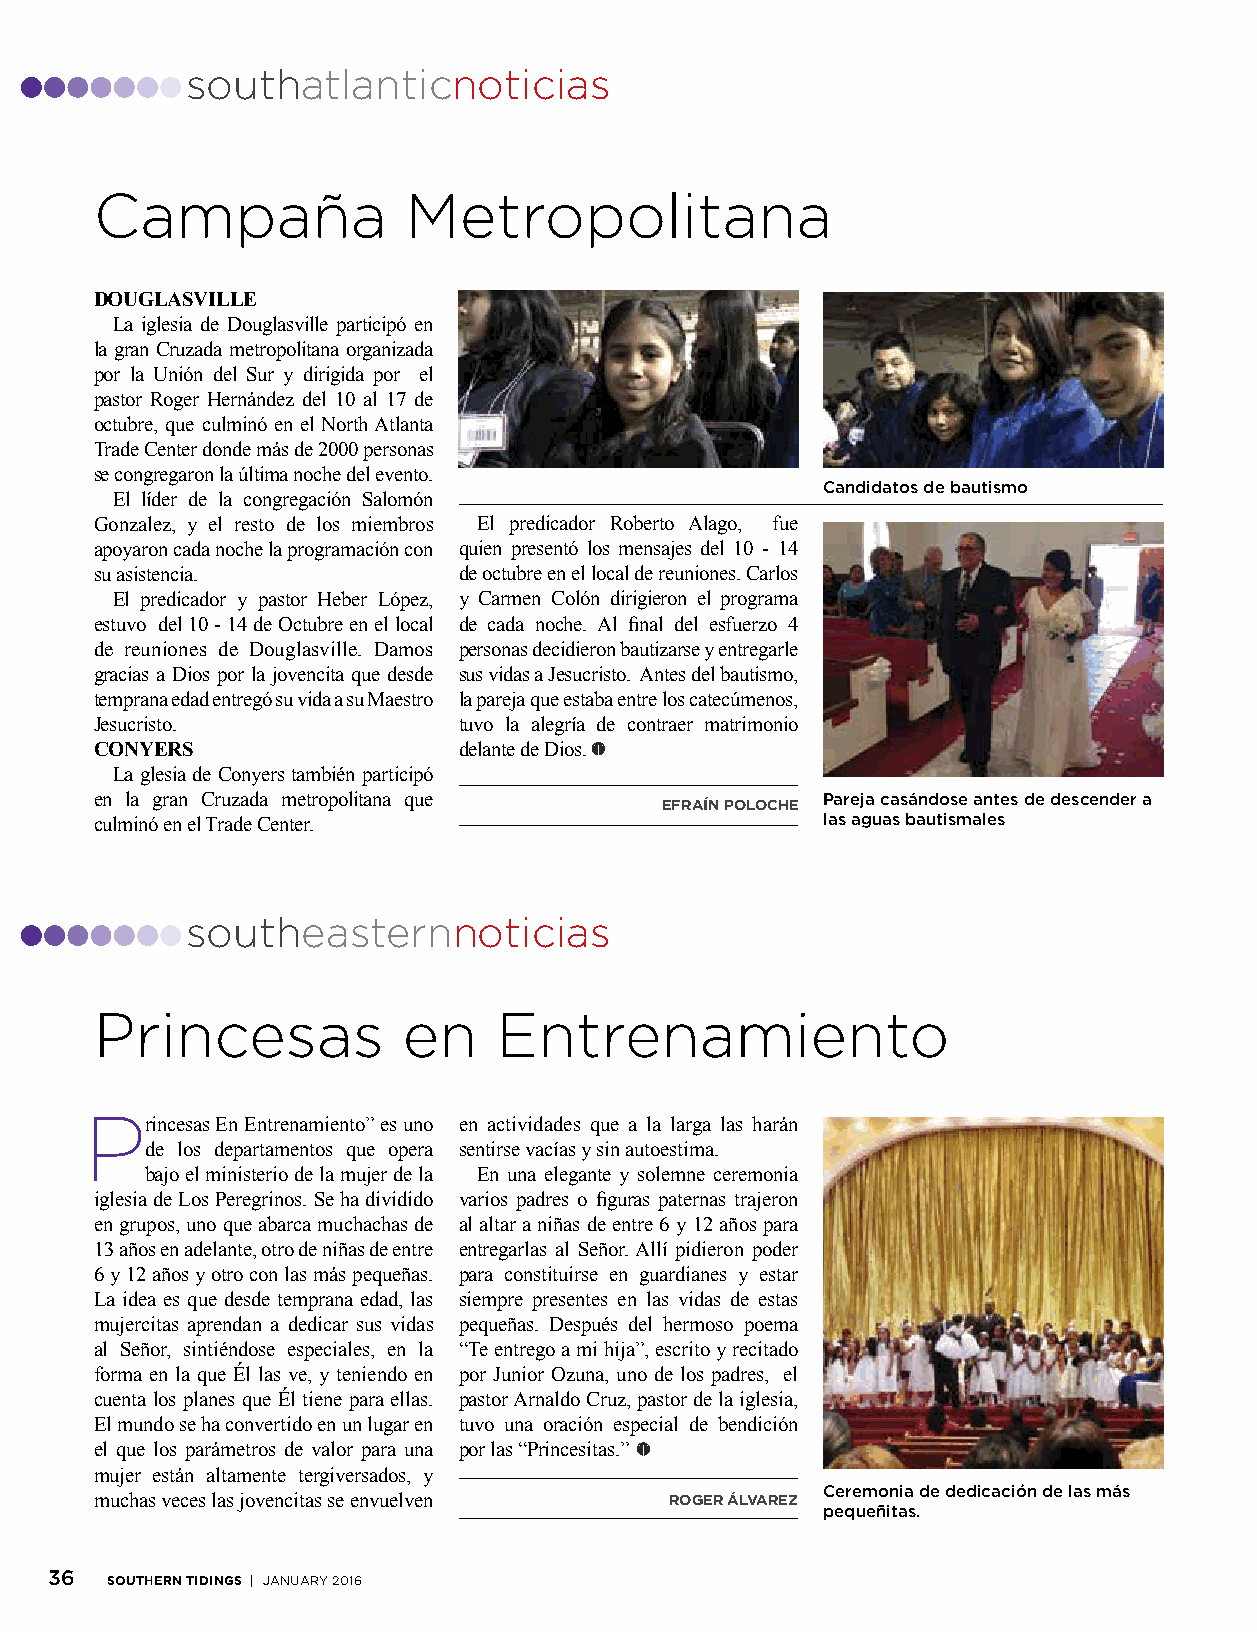
southatlanticnoticias
 Campaña              Metropolitana
 DOUGLASVILLE
 La iglesia de Douglasville participó en
 la gran Cruzada metropolitana organizada
 por la Unión del Sur y dirigida por el
 pastor Roger Hernández del 10 al 17 de
 octubre, que culminó en el North Atlanta
 Trade Center donde más de 2000 personas
 se congregaron la última noche del evento.
 Candidatos de bautismo
 El líder de la congregación Salomón
 Gonzalez, y el resto de los miembros El predicador Roberto Alago, fue
 apoyaron cada noche la programación con quien presentó los mensajes del 10 - 14
 su asistencia.          de octubre en el local de reuniones. Carlos
 El predicador y pastor Heber López, y Carmen Colón dirigieron el programa
 estuvo del 10 - 14 de Octubre en el local de cada noche. Al final del esfuerzo 4
 de reuniones de Douglasville. Damos personas decidieron bautizarse y entregarle
 gracias a Dios por la jovencita que desde sus vidas a Jesucristo. Antes del bautismo,
 temprana edad entregó su vida a su Maestro la pareja que estaba entre los catecúmenos,
 Jesucristo.             tuvo la alegría de contraer matrimonio
 CONYERS                 delante de Dios.
 La glesia de Conyers también participó
 en la gran Cruzada metropolitana que            Pareja casándose antes de descender a
 EfRaíN pOlOcHE
 culminó en el Trade Center.                     las aguas bautismales
 southeasternnoticias
 Princesas            en    Entrenamiento
 P
 rincesas En Entrenamiento” es uno en actividades que a la larga las harán
 de los departamentos que opera sentirse vacías y sin autoestima.
 bajo el ministerio de la mujer de la En una elegante y solemne ceremonia
 iglesia de Los Peregrinos. Se ha dividido varios padres o figuras paternas trajeron
 en grupos, uno que abarca muchachas de al altar a niñas de entre 6 y 12 años para
 13 años en adelante, otro de niñas de entre entregarlas al Señor. Allí pidieron poder
 6 y 12 años y otro con las más pequeñas. para constituirse en guardianes y estar
 La idea es que desde temprana edad, las siempre presentes en las vidas de estas
 mujercitas aprendan a dedicar sus vidas pequeñas. Después del hermoso poema
 al Señor, sintiéndose especiales, en la “Te entrego a mi hija”, escrito y recitado
 forma en la que Él las ve, y teniendo en por Junior Ozuna, uno de los padres, el
 cuenta los planes que Él tiene para ellas. pastor Arnaldo Cruz, pastor de la iglesia,
 El mundo se ha convertido en un lugar en tuvo una oración especial de bendición
 el que los parámetros de valor para una por las “Princesitas.”
 mujer están altamente tergiversados, y
 Ceremonia de dedicación de las más
 muchas veces las jovencitas se envuelven ROGER álvaREz
 pequeñitas.
 36  SOUTHERN TIDINGS | January 2016